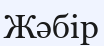
Жәбір